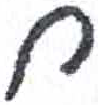
אות: ח